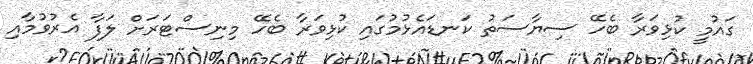
ގައުމީ ކުޅިވަރާ ބެހޭ ސިޔާސަތު ކަނޑައެޅުމުގައި ކުޅިވަރާ ބެހޭ މިނިސްޓަރަށް ލަފާ އެރުވުމާއި